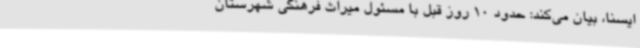
ایسنا، بیان می‌کند: حدود 10 روز قبل با مسئول میراث فرهنگی شهرستان